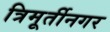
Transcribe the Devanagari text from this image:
त्रिमूर्तीनगर